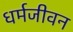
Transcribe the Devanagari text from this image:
धर्मजीवन